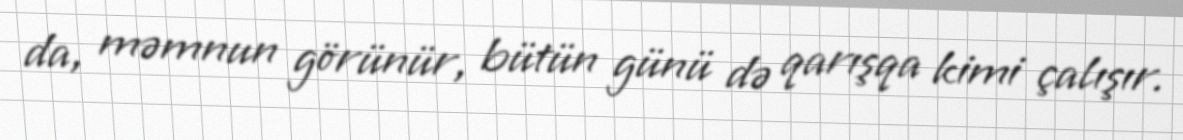
da, məmnun görünür, bütün günü də qarışqa kimi çalışır.